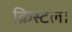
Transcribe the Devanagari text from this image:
क्रिस्टल।